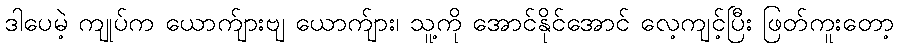
ဒါပေမဲ့ ကျုပ်က ယောက်ျားဗျ ယောက်ျား၊ သူ့ကို အောင်နိုင်အောင် လေ့ကျင့်ပြီး ဖြတ်ကူးတော့